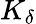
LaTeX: K_{\delta}